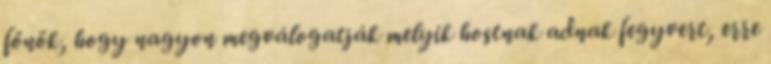
főnök, hogy nagyon megválogatják melyik hostnak adnak fegyvert, erre